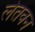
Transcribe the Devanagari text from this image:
लेतवन